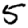
Digit: 5